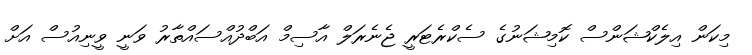
މިކަން އިލެކްޝަންސް ކޮމިޝަނުގެ ސެކްރެޓަރީ ޖެނެރަލް އާސިމް އަބްދުއްސައްތާރު ވަނީ ވީނިއުސް އަށް